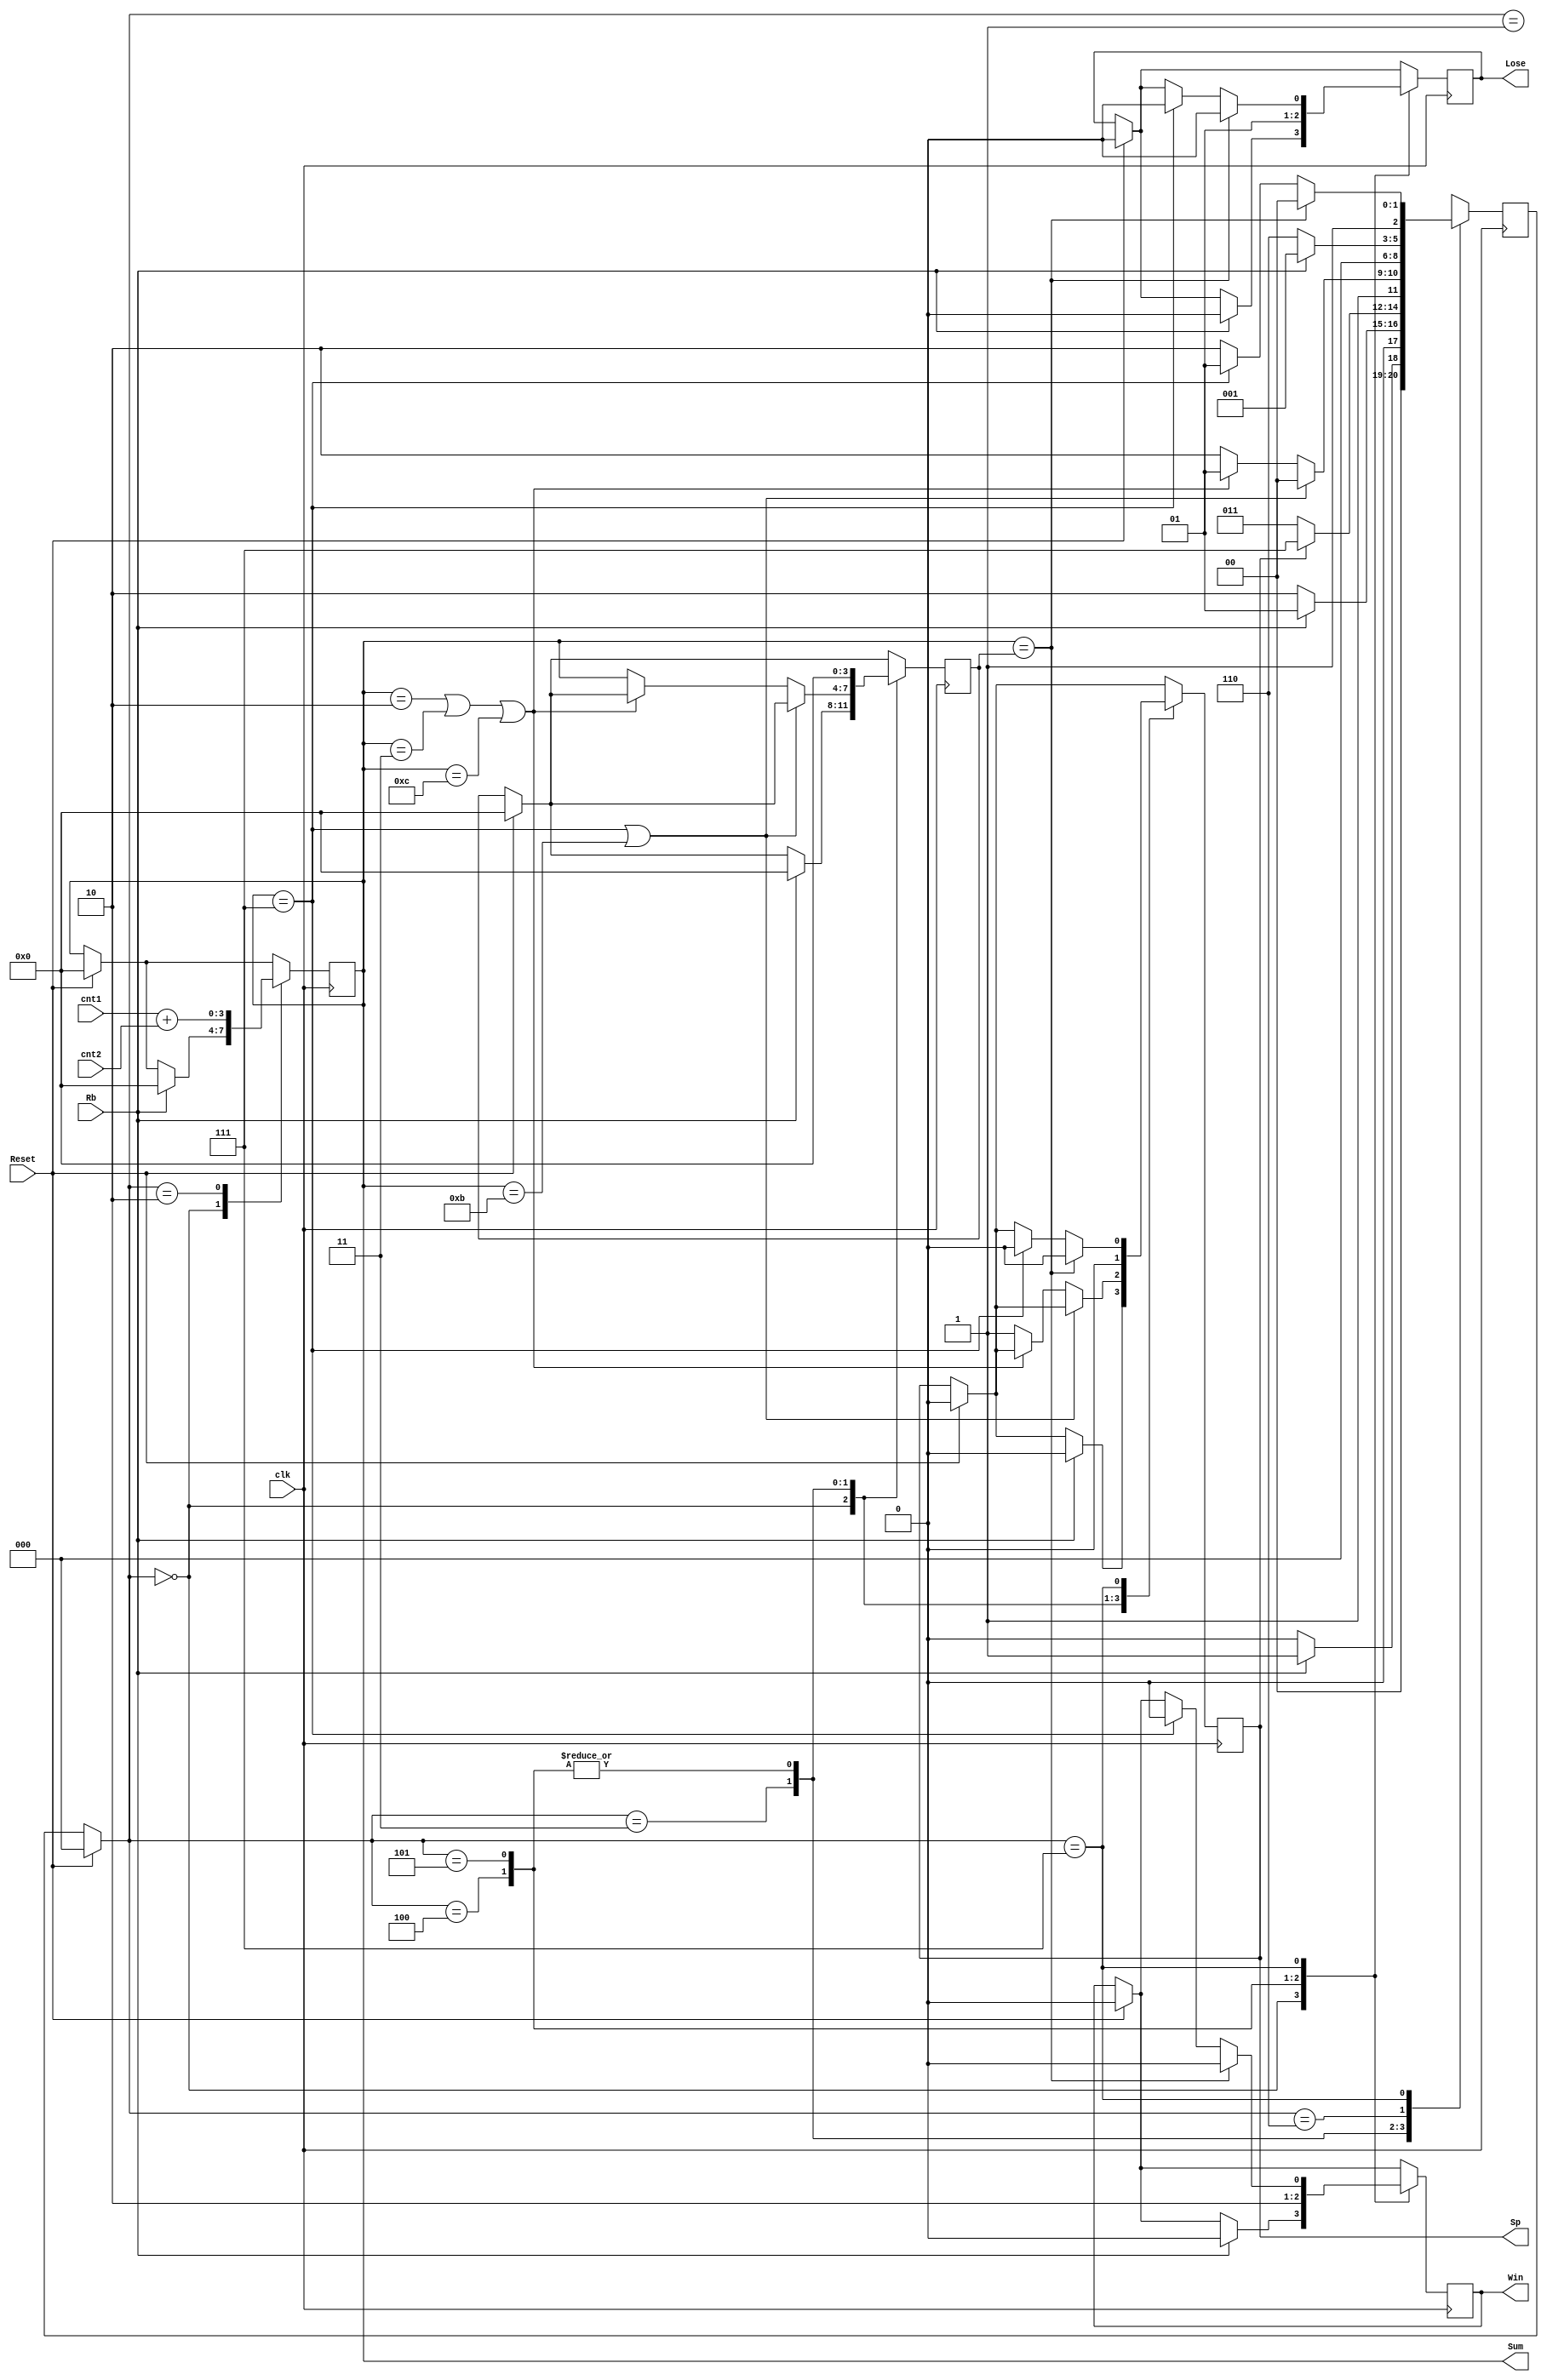
`timescale 1ns / 1ps
//////////////////////////////////////////////////////////////////////////////////
// Company: 
// Engineer: 
// 
// Design Name: 
// Module Name: DiceGame
// Project Name: 
// Target Devices: 
// Tool Versions: 
// Description: 
// 
// Dependencies: 
// 
// Revision:
// Revision 0.01 - File Created
// Additional Comments:
// 
//////////////////////////////////////////////////////////////////////////////////


module DiceGame (
    input Rb, Reset, clk,
    input [3:0] cnt1,
    input [3:0] cnt2,
    output reg Win, 
    output reg Lose,
    output reg Sp,
    output reg [3:0] Sum
    );
    
    reg[2:0] State = 0;
    reg[2:0] Nextstate = 0;
    reg[3:0] Point = 0;
        
    always @(posedge clk)
    begin
        if(Reset == 1) begin
            Point <= 0; Sum <= 0;
            Win <= 0; Lose <= 0; Sp <= 0;
            Nextstate <= 3'd0;
        end
        
        case (State)
        0: begin
            if (Rb == 1'b1) begin
                Point <= 0; Sum <= 0;
                Win <= 0; Lose <= 0; Sp <= 0;
                Nextstate <= 3'd1;
            end
            else begin
                Nextstate <= 3'd0;
            end
        end
        1: begin
            if (Rb == 1'b1) begin
                Nextstate <= 3'd1;
            end
            else begin
                Nextstate <= 3'd2;
            end
        end
        2: begin
            Sum <= cnt1 + cnt2;
            if(Sp == 1) begin
                Nextstate <= 3'd7;
            end
            else begin
                Nextstate <= 3'd3;
            end
        end
        3: begin
            if (Sum == 4'd7 || Sum == 4'd11) begin
                Nextstate <= 3'd4;
            end
            else if (Sum == 4'd2 || Sum == 4'd3 || Sum == 4'd12) begin
                Nextstate <= 3'd5;
            end
            else begin
                Point <= Sum;
                Sp <= 1;
                Nextstate <= 3'd6;
            end
        end
        4: begin
            Point <= 0;
            Win <= 1; Lose <= 0; Sp <= 0;
            Nextstate <= 3'd0;
        end
        5: begin
            Point <= 0;
            Win <= 0; Lose <= 1; Sp <= 0;
            Nextstate <= 3'd0;
        end
        6: begin
            if(Rb == 0) begin
                Nextstate <= 3'd6;
            end
            else begin
                Nextstate <= 3'd1;
            end
        end
        7: begin
            if (Sum == Point) begin
                Win <= 0; Lose <= 0; Sp <= 0;
                Nextstate <= 3'd4;
            end
            else if (Sum == 4'd7) begin
                Win <= 0; Lose <= 0; Sp <= 0;
                Nextstate <= 3'd5;
            end
            else begin
                Nextstate <= 3'd6;
            end
        end
        default: begin
            Win <= 0; Lose <= 0; Sp <= 0;
            Nextstate <= 3'd0;
        end
        endcase
    end
        
    always @(*)
    begin
        if (Reset == 1'b1)
            State = 0;
        else 
            State = Nextstate;
    end
endmodule